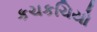
કચકચિયો